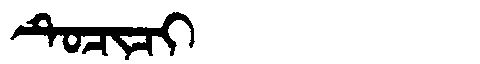
Manchu: ᡨᡠᠴᡳᠴᡳ
Romanization: TUCICI